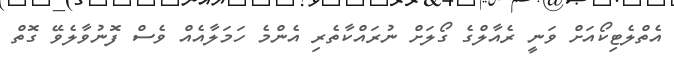
އެތްލެޓިކޯއަށް ވަނީ ރެއާލްގެ ގޯލަށް ނުރައްކާތެރި އެންމެ ހަމަލާއެއް ވެސް ފޮނުވާލެވޭ ގޮތް